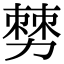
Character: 𠢠